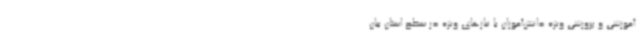
آموزشی و پرورشی ویژه دانش‌آموزان با نیازهای ویژه در سطح استان بیان